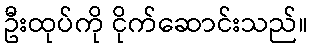
ဦးထုပ်ကို ငိုက်ဆောင်းသည်။